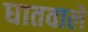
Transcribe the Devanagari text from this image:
घातवाले